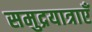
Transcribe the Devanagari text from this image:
समुद्रयात्राएँ